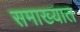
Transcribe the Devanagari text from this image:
समाख्यात